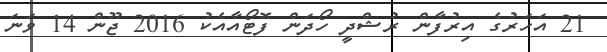
21 އަހަރުގެ އިރުފާން ރުޝްދީ ހޯދަން ފޮޓޯއާއެކު 2016 ޖޫން 14 ވަނަ